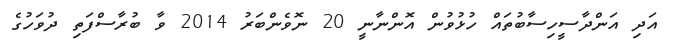
އަދި އަންދާސީހިސާބުތައް ހުޅުވުން އޮންނާނީ 20 ނޮވެންބަރު 2014 ވާ ބުރާސްފަތި ދުވަހުގެ